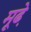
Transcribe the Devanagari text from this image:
मूढे़